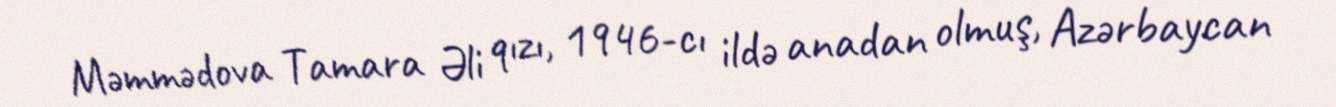
Məmmədova Tamara Əli qızı, 1946-cı ildə anadan olmuş, Azərbaycan